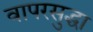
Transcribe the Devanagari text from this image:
वापरसुद्धा